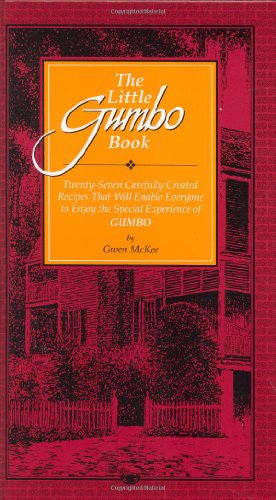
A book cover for The Little Gumbo Book: Twenty-Seven Carefully Created Recipes That Will Enable Everyone to Enjoy the Special Experience of Gumbo; Gwen McKee; Cookbooks, Food & Wine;